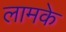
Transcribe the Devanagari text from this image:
लामके